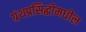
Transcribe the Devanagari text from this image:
ग्रंथप्रसिद्धीमधील